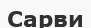
Сарви